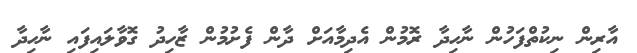
އާރިން ނިކުތްފަހުން ނާހިދާ ރޮމުން އެދިމާއަށް ދާން ފެށުމުން ޒާހިދު ގޮވާލައިފައި ނާހިދާ